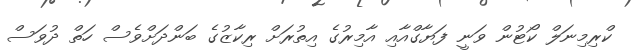
ކްރިމިނަލް ކޯޓުން ވަނީ ފަޔާގްއާއި އާމިރުގެ އިތުރަށް ރިކާޒުގެ ބަންދަށްވެސް ހަތް ދުވަސް